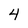
Character: 4